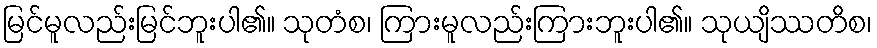
မြင်မူလည်းမြင်ဘူးပါ၏။ သုတံစ၊ ကြားမူလည်းကြားဘူးပါ၏။ သုယျိဿတိစ၊